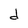
Character: d